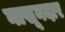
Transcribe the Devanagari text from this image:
नाखूनदार